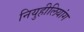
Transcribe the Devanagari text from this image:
नियुहीलियांग